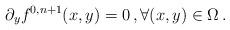
LaTeX: \begin{align*}\partial_y f^{0,n+1}(x,y) = 0\,, \forall (x,y)\in \Omega\,.\end{align*}